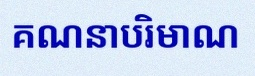
គណនាបរិមាណ